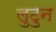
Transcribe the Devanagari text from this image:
लुटुन